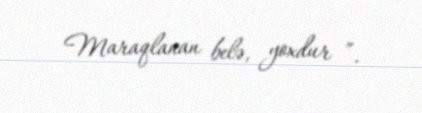
Maraqlanan belə, yoxdur ”.